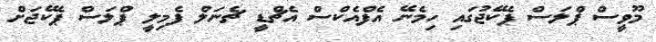
މޫވީސް ޕްލަސް ޕެކޭޖުގައި ހިމެނޭ އެފްއެކްސް އެޗްޑީ ޗެނަލް ފެމިލީ ޕްލަސް ޕެކޭޖަށް